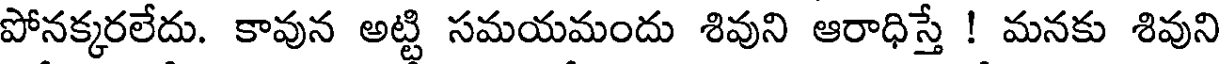
పోనక్కరలేదు. కావున అట్టి సమయమందు శివుని ఆరాధిస్తే ! మనకు శివుని